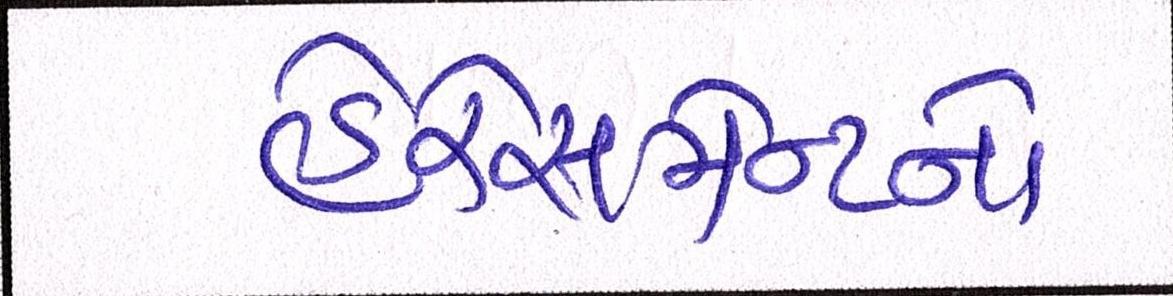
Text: હેરેસમેન્ટનો